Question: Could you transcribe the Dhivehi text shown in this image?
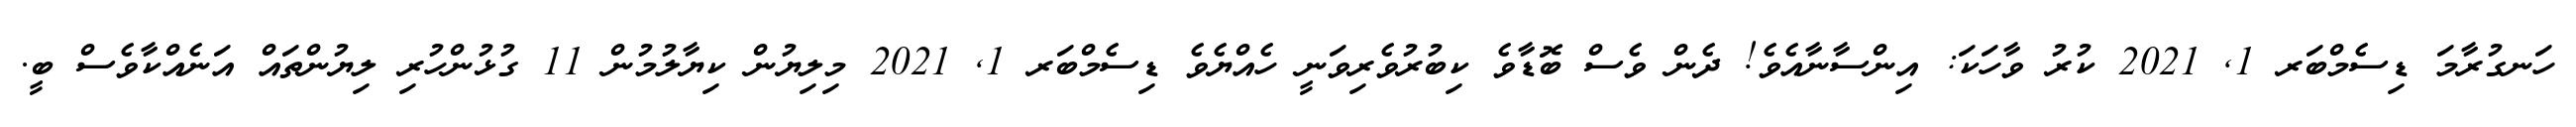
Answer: ހަނގުރާމަ ޑިސެމްބަރ 1, 2021 ކުރު ވާހަކަ: އިންސާނާއެވެ! ދެން ވެސް ބޮޑާވެ ކިބުރުވެރިވަނީ ހެއްޔެވެ ޑިސެމްބަރ 1, 2021 މިލިޔުން ކިޔާލުމުން 11 ގުޅުންހުރި ލިޔުންތައް އަނެއްކާވެސް ބީ.